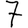
Digit: 7